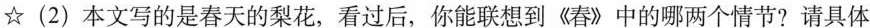
☆(2)本文写的是春天的梨花，看过后，你能联想到《春》中的哪两个情节?请具体